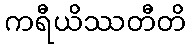
ကရီယိဿတီတိ